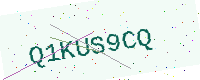
Text: Q1KUS9CQ